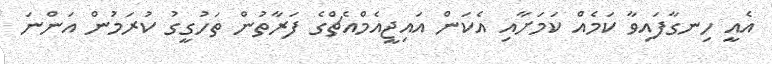
އެއީ ހިނގާފައިވާ ކަމެއް ކަމަށާއި އެކަން އައިޖީއެމްއެޗްގެ ފަރާތުން ތަހުގީގު ކުރަމުން އަންނަ